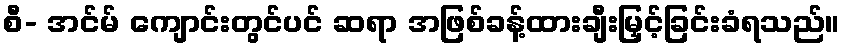
စီ- အင်မ် ကျောင်းတွင်ပင် ဆရာ အဖြစ်ခန့်ထားချီးမြှင့်ခြင်းခံရသည်။